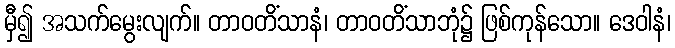
မှီ၍ အသက်မွေးလျက်။ တာဝတိံသာနံ၊ တာဝတိံသာဘုံ၌ ဖြစ်ကုန်သော။ ဒေဝါနံ၊